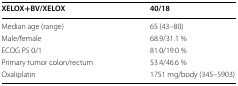
<table><thead><tr><td><b>XELOX+BV/XELOX</b></td><td><b>40/18</b></td></tr></thead><tbody><tr><td>Median age (range)</td><td>65 (43–80)</td></tr><tr><td>Male/female</td><td>68.9/31.1 %</td></tr><tr><td>ECOG PS 0/1</td><td>81.0/19.0 %</td></tr><tr><td>Primary tumor colon/rectum</td><td>53.4/46.6 %</td></tr><tr><td>Oxaliplatin</td><td>1751 mg/body (345–5903)</td></tr></tbody></table>